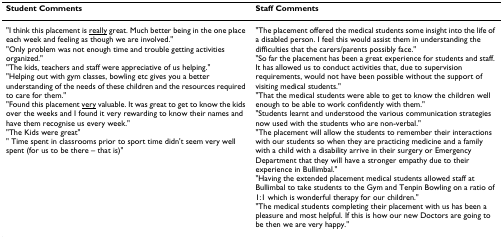
| Student Comments | Staff Comments |
 | --- | --- |
 | "I think this placement is <underline>really</underline> great. Much better being in the one place each week and feeling as though we are involved.""Only problem was not enough time and trouble getting activities organized.""The kids, teachers and staff were appreciative of us helping.""Helping out with gym classes, bowling etc gives you a better understanding of the needs of these children and the resources required to care for them.""Found this placement <underline>very</underline> valuable. It was great to get to know the kids over the weeks and I found it very rewarding to know their names and have them recognise us every week.""The Kids were great"" Time spent in classrooms prior to sport time didn't seem very well spent (for us to be there – that is)" | "The placement offered the medical students some insight into the life of a disabled person. I feel this would assist them in understanding the difficulties that the carers/parents possibly face.""So far the placement has been a great experience for students and staff. It has allowed us to conduct activities that, due to supervision requirements, would not have been possible without the support of visiting medical students.""That the medical students were able to get to know the children well enough to be able to work confidently with them.""Students learnt and understood the various communication strategies now used with the students who are non-verbal.""The placement will allow the students to remember their interactions with our students so when they are practicing medicine and a family with a child with a disability arrive in their surgery or Emergency Department that they will have a stronger empathy due to their experience in Bullimbal.""Having the extended placement medical students allowed staff at Bullimbal to take students to the Gym and Tenpin Bowling on a ratio of 1:1 which is wonderful therapy for our children.""The medical students completing their placement with us has been a pleasure and most helpful. If this is how our new Doctors are going to be then we are very happy." |